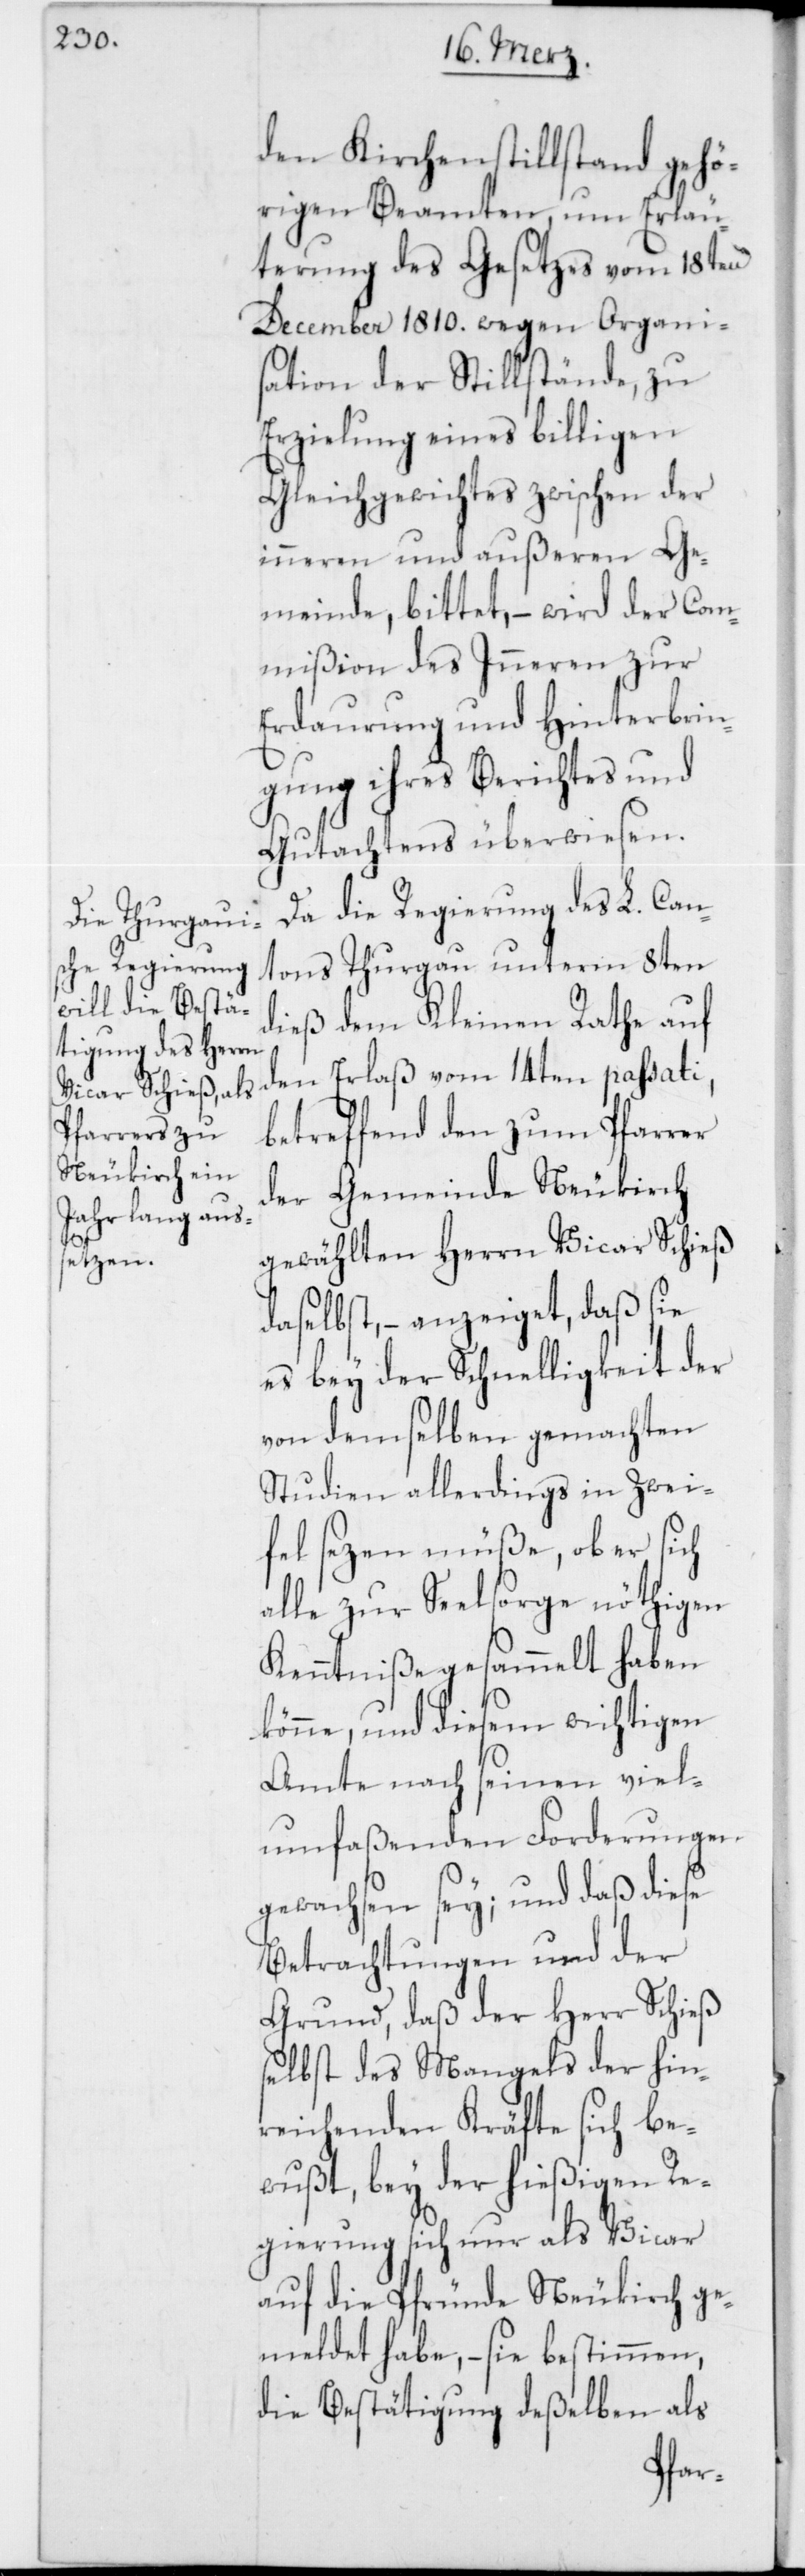
den Kirchenstillstand gehö¬
rigen Beamten, um Erläu¬
terung des Gesetzes vom 18ten
December 1810. wegen Organi¬
sation der Stillstände, zu
Erzielung eines billigen
Gleichgewichtes zwischen der
inneren und außeren Ge¬
meinde, bittet, – wird der Com¬
mißion des Inneren zur
Erdaurung und Hinterbrin¬
gung ihres Berichtes und
Gutachtens überwiesen.
Da die Regierung des L. Can¬
tons Thurgau unterm 8ten
dieß dem Kleinen Rathe auf
den Erlaß vom 14ten passati,
betreffend den zum Pfarrer
der Gemeinde Neukirch
gewählten Herrn Vicar Schieß
daselbst, – anzeiget, daß sie
es bey der Schnelligkeit der
von demselben gemachten
Studien allerdings in Zwei¬
fel sezen müße, ob er sich
alle zur Seelsorge nöthigen
Kenntniße gesammelt haben
könne, und diesem wichtigen
Amte nach seinen viel¬
umfaßenden Forderungen
gewachsen sey; und daß diese
Betrachtungen und der
Grund, daß der Herr Schieß
selbst des Mangels der hin¬
reichenden Kräfte sich be¬
wußt, bey der hießigen Re¬
gierung sich nur als Vicar
auf die Pfründe Neukirch ge¬
meldet habe, – sie bestimmen,
die Bestätigung deßelben als